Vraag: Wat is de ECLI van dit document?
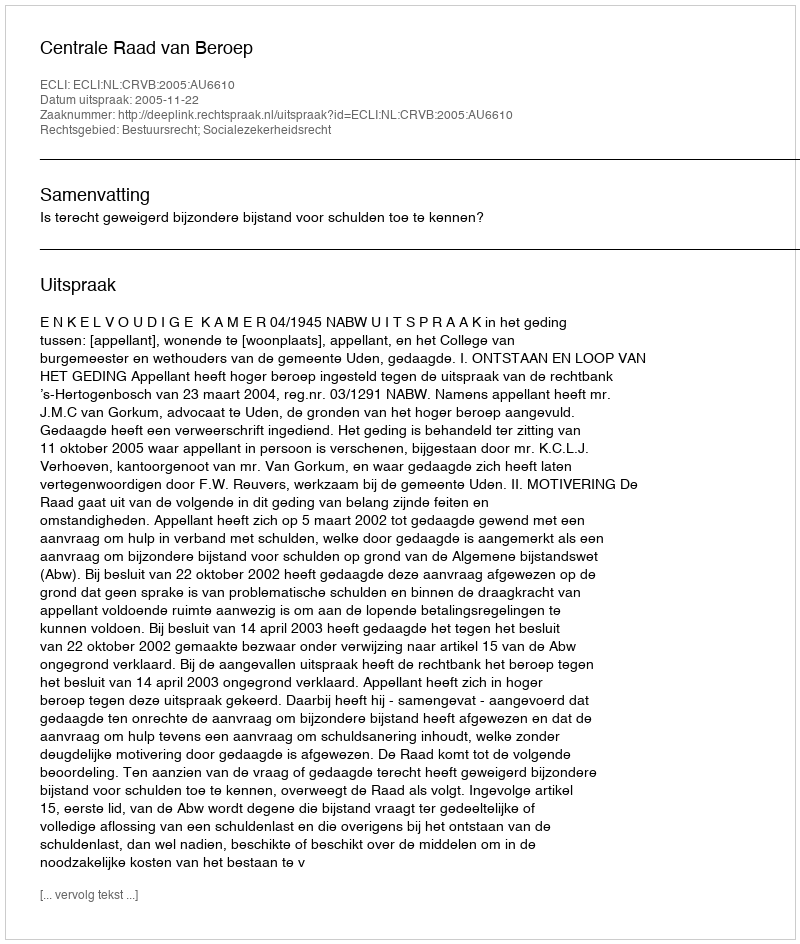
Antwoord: ECLI:NL:CRVB:2005:AU6610